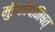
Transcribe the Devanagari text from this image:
मुंडकोपनिषत्